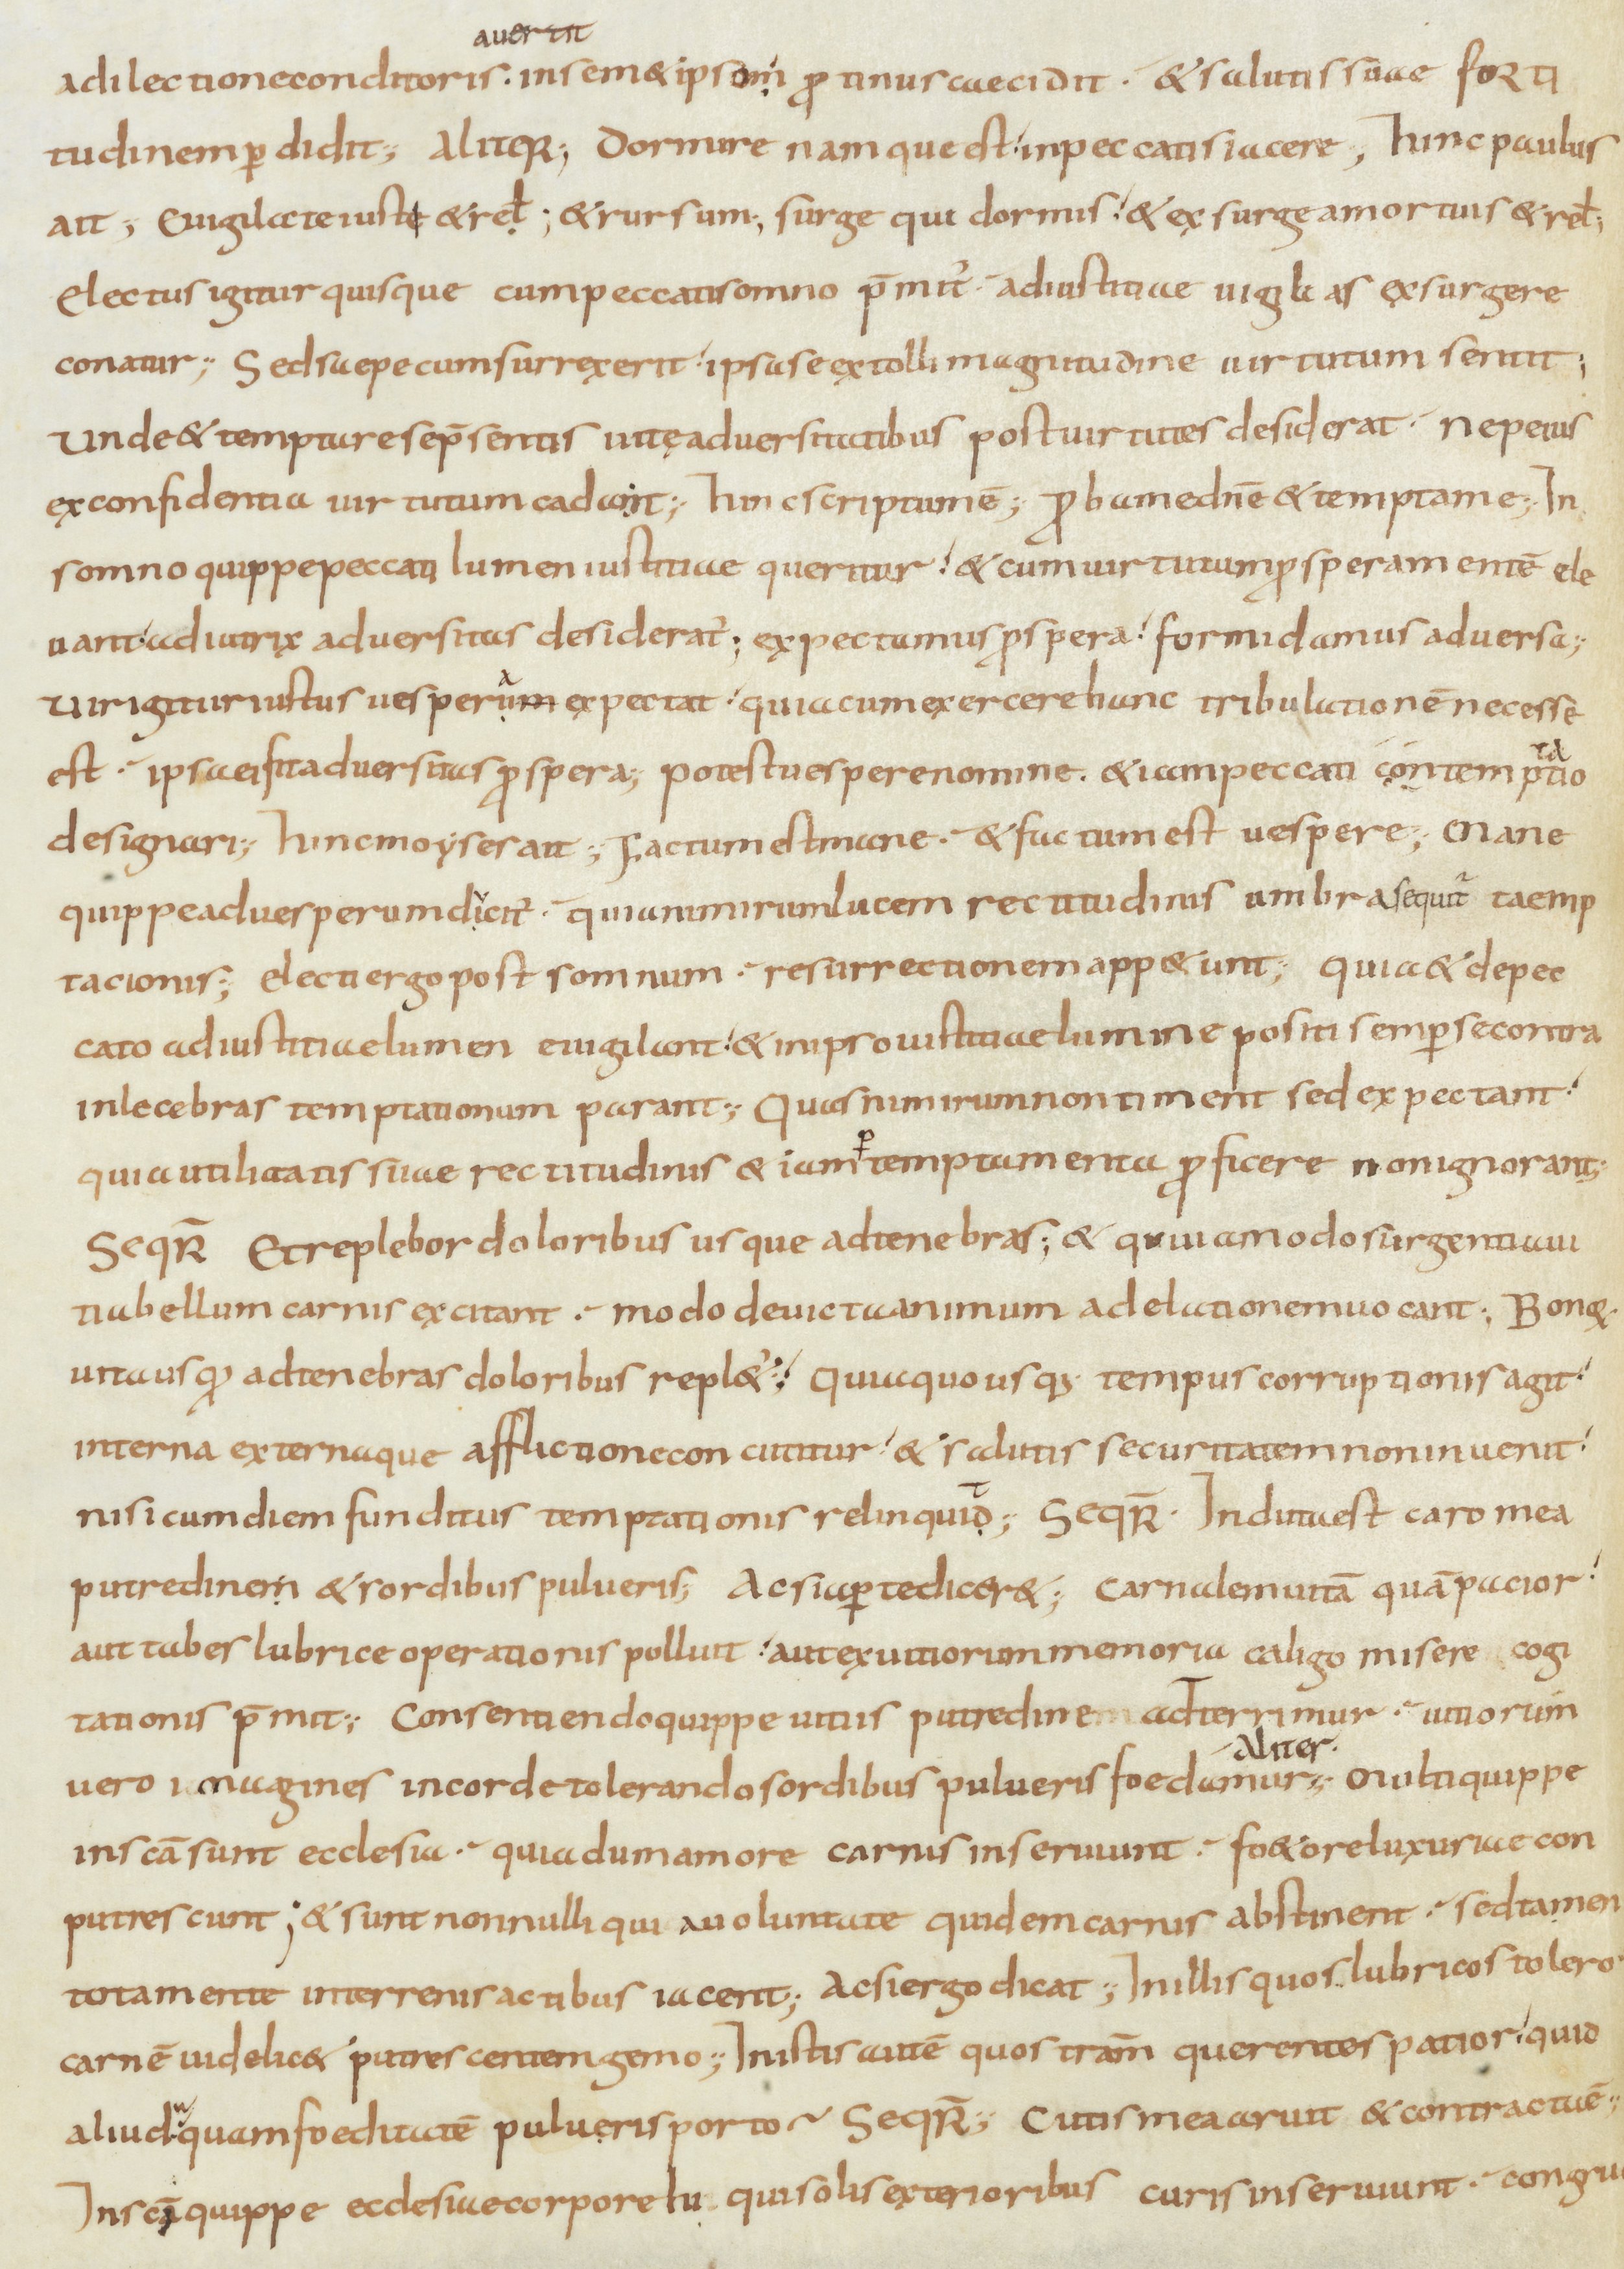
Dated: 900–999